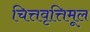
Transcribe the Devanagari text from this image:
चित्तवृत्तिमूल